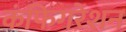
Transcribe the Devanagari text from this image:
कंफिगरेशन